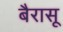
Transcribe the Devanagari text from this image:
बैरासू